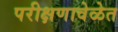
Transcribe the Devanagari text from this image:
परीक्षणावेळेत